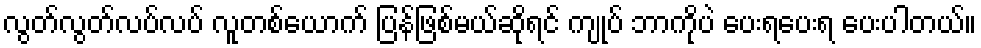
လွတ်လွတ်လပ်လပ် လူတစ်ယောက် ပြန်ဖြစ်မယ်ဆိုရင် ကျုပ် ဘာကိုပဲ ပေးရပေးရ ပေးပါတယ်။